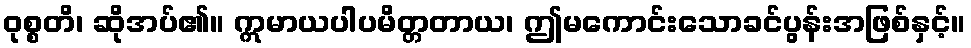
ဝုစ္စတိ၊ ဆိုအပ်၏။ ဣမာယပါပမိတ္တတာယ၊ ဤမကောင်းသောခင်ပွန်းအဖြစ်နှင့်။